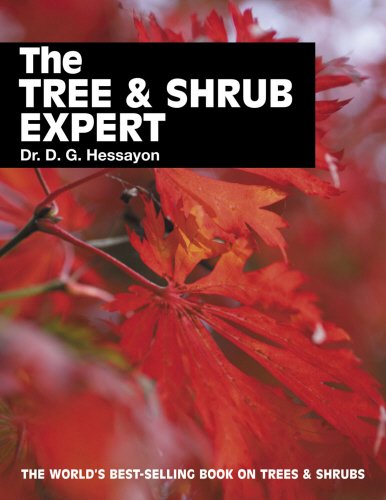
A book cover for The Tree & Shrub Expert; D.G. Hessayon; Crafts, Hobbies & Home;